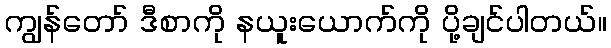
ကျွန်တော် ဒီစာကို နယူးယောက်ကို ပို့ချင်ပါတယ်။